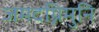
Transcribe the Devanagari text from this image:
जमदग्निमुनि